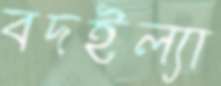
বদইল্যা